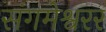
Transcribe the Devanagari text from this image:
संगमेश्वरर